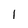
Character: 1